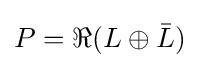
P=\Re (L\oplus {\bar {L}})